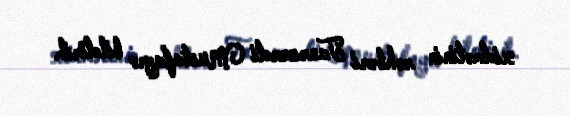
xidmətinin rəhbəri Tanrıverdi Mustafayev bildirib.